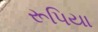
રૂપિયા